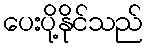
ပေးပို့နိုင်သည်